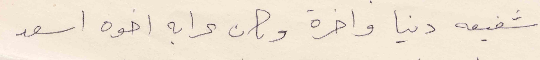
شفيعه دنيا واخرة وكان عرابه اخوه اسعد